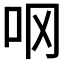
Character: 𫩚